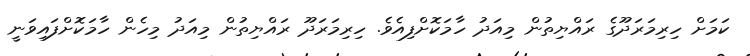
ކަމަށް ހިރިމަރަދޫގެ ރައްޔިތުން މިއަދު ހާމަކޮށްފިއެވެ. ހިރިމަރަދޫ ރައްޔިތުން މިއަދު މިހެން ހާމަކޮށްފައިވަނީ